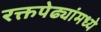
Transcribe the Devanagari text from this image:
रक्तपेढ्यांमध्ये